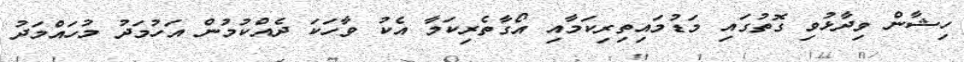
ހިޝާން ވިދާޅުވި ގޮތުގައި މަޑުމައިތިރިކަމާއި އޯގާތެރިކަމާ އެކު ވާހަކަ ދެއްކުމުން އަހުމަދު މުހައްމަދު